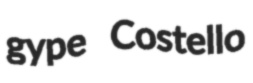
gype Costello